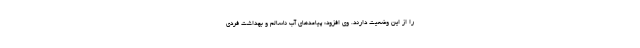
را از این وضعیت دارند. وی افزود: پیامدهای آب ناسالم و بهداشت فردی